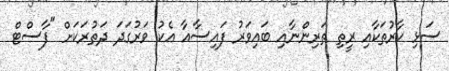
ސަޅި ކާރުތަކާއި ރީތި ތަރިންނާއި ބައިވަރު ފައިސާއާ އެކު ވަރުގަދަ ދަތުރަކަށް "ފާސްޓް